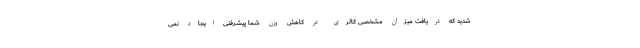
شدید که دریافت میزان مشخصی کالری در کاهش وزن شما پیشرفتی ایجاد نمی